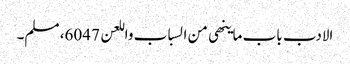
الادب باب ماینھی من السباب واللعن 6047، مسلم۔